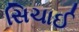
સિચાઈ